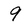
Character: 9